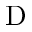
\mathrm { D }